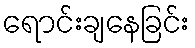
ရောင်းချနေခြင်း